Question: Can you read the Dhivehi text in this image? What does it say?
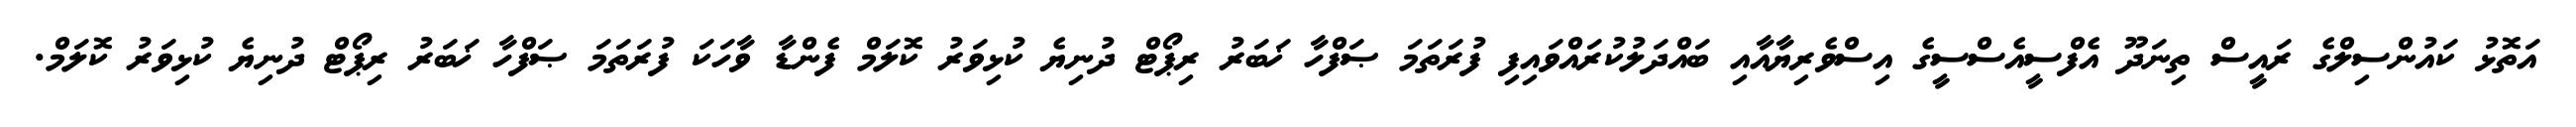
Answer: އަތޮޅު ކައުންސިލްގެ ރައީސް ތިނަދޫ އެފްސީއެސްސީގެ އިސްވެރިޔާއާއި ބައްދަލުކުރައްވައިފި ފުރަތަމަ ޞަފްހާ ޚަބަރު ރިޕޯޓް ދުނިޔެ ކުޅިވަރު ކޮލަމް ފެންޑާ ވާހަކަ ފުރަތަމަ ޞަފްހާ ޚަބަރު ރިޕޯޓް ދުނިޔެ ކުޅިވަރު ކޮލަމް.